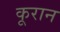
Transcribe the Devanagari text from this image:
कूरान